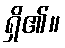
ရှိ၏။